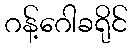
ဂန့်ဂေါခရိုင်